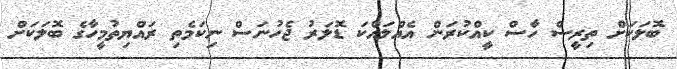
ބޮލަކަށް ތިރީސް ހާސް ކީއްކުރަން އެއްލައްކަ ޑޮލަރު ޖެހުނަސް ނިކަމެތި ރައްޔިތުމީހާގެ ބޮލަކަށް